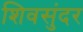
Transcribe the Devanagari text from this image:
शिवसुंदर